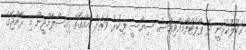
ގަބޫލުކުރަނީ ދެ ޕްލެޓްފޯމެއްވިއަސް ސިޔާސީ ފިކުރު ވަރަށް އެއްގޮތް. އިސްލާމްދީން މި ރާއްޖޭގެ